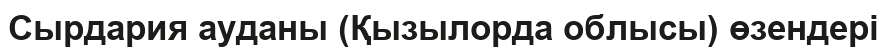
Сырдария ауданы (Қызылорда облысы) өзендері